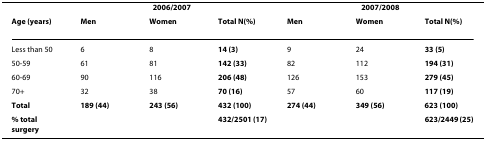
| <COLSPAN=4> 2006/2007 | <COLSPAN=3> 2007/2008 |
 | Age (years) | Men | Women | Total N(%) | Men | Women | Total N(%) |
 | --- | --- | --- | --- | --- | --- | --- |
 | Less than 50 | 6 | 8 | 14 (3) | 9 | 24 | 33 (5) |
 | 50-59 | 61 | 81 | 142 (33) | 82 | 112 | 194 (31) |
 | 60-69 | 90 | 116 | 206 (48) | 126 | 153 | 279 (45) |
 | 70+ | 32 | 38 | 70 (16) | 57 | 60 | 117 (19) |
 | Total | 189 (44) | 243 (56) | 432 (100) | 274 (44) | 349 (56) | 623 (100) |
 | % total surgery |  |  | 432/2501 (17) |  |  | 623/2449 (25) |